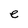
Character: e